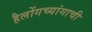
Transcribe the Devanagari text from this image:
हैलोंगच्यांगाची